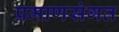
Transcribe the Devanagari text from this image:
प्रमाणसंगत